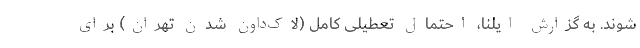
شوند. به گزارش ایلنا، احتمال تعطیلی کامل (لاک‌داون شدنِ تهران) برای